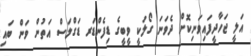
އަލީ ޖަހާދީފައިވަނިކޮށް ދެވަނަ ގޯލަކީ ވީބީގެ ޑިފެންޑަރ ޑަގްލަސް އަތުން ވަން ބައި